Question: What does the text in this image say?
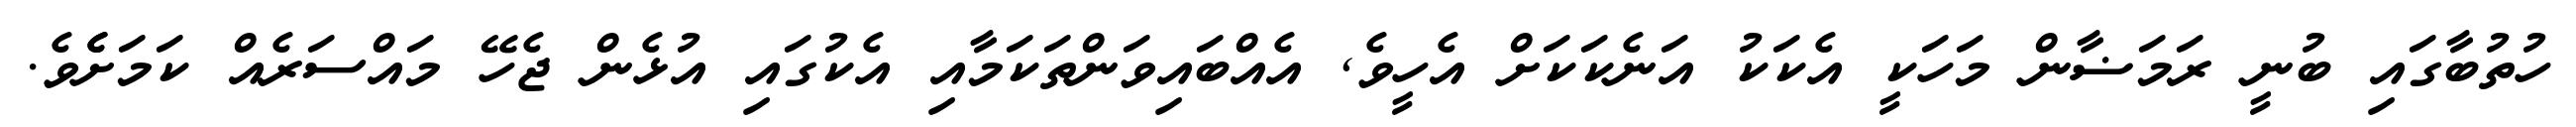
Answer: ހުތުބާގައި ބުނީ ރަމަޟާން މަހަކީ އެކަކު އަނެކަކަށް އެހީވެ, އެއްބައިވަންތަކަމާއި އެކުގައި އުޅެން ޖެހޭ މައްސަރެއް ކަމަށެެވެ.